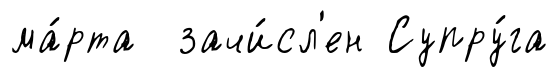
ма́рта зачи́сл'ен Супру́га